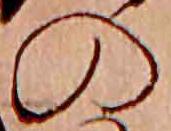
の